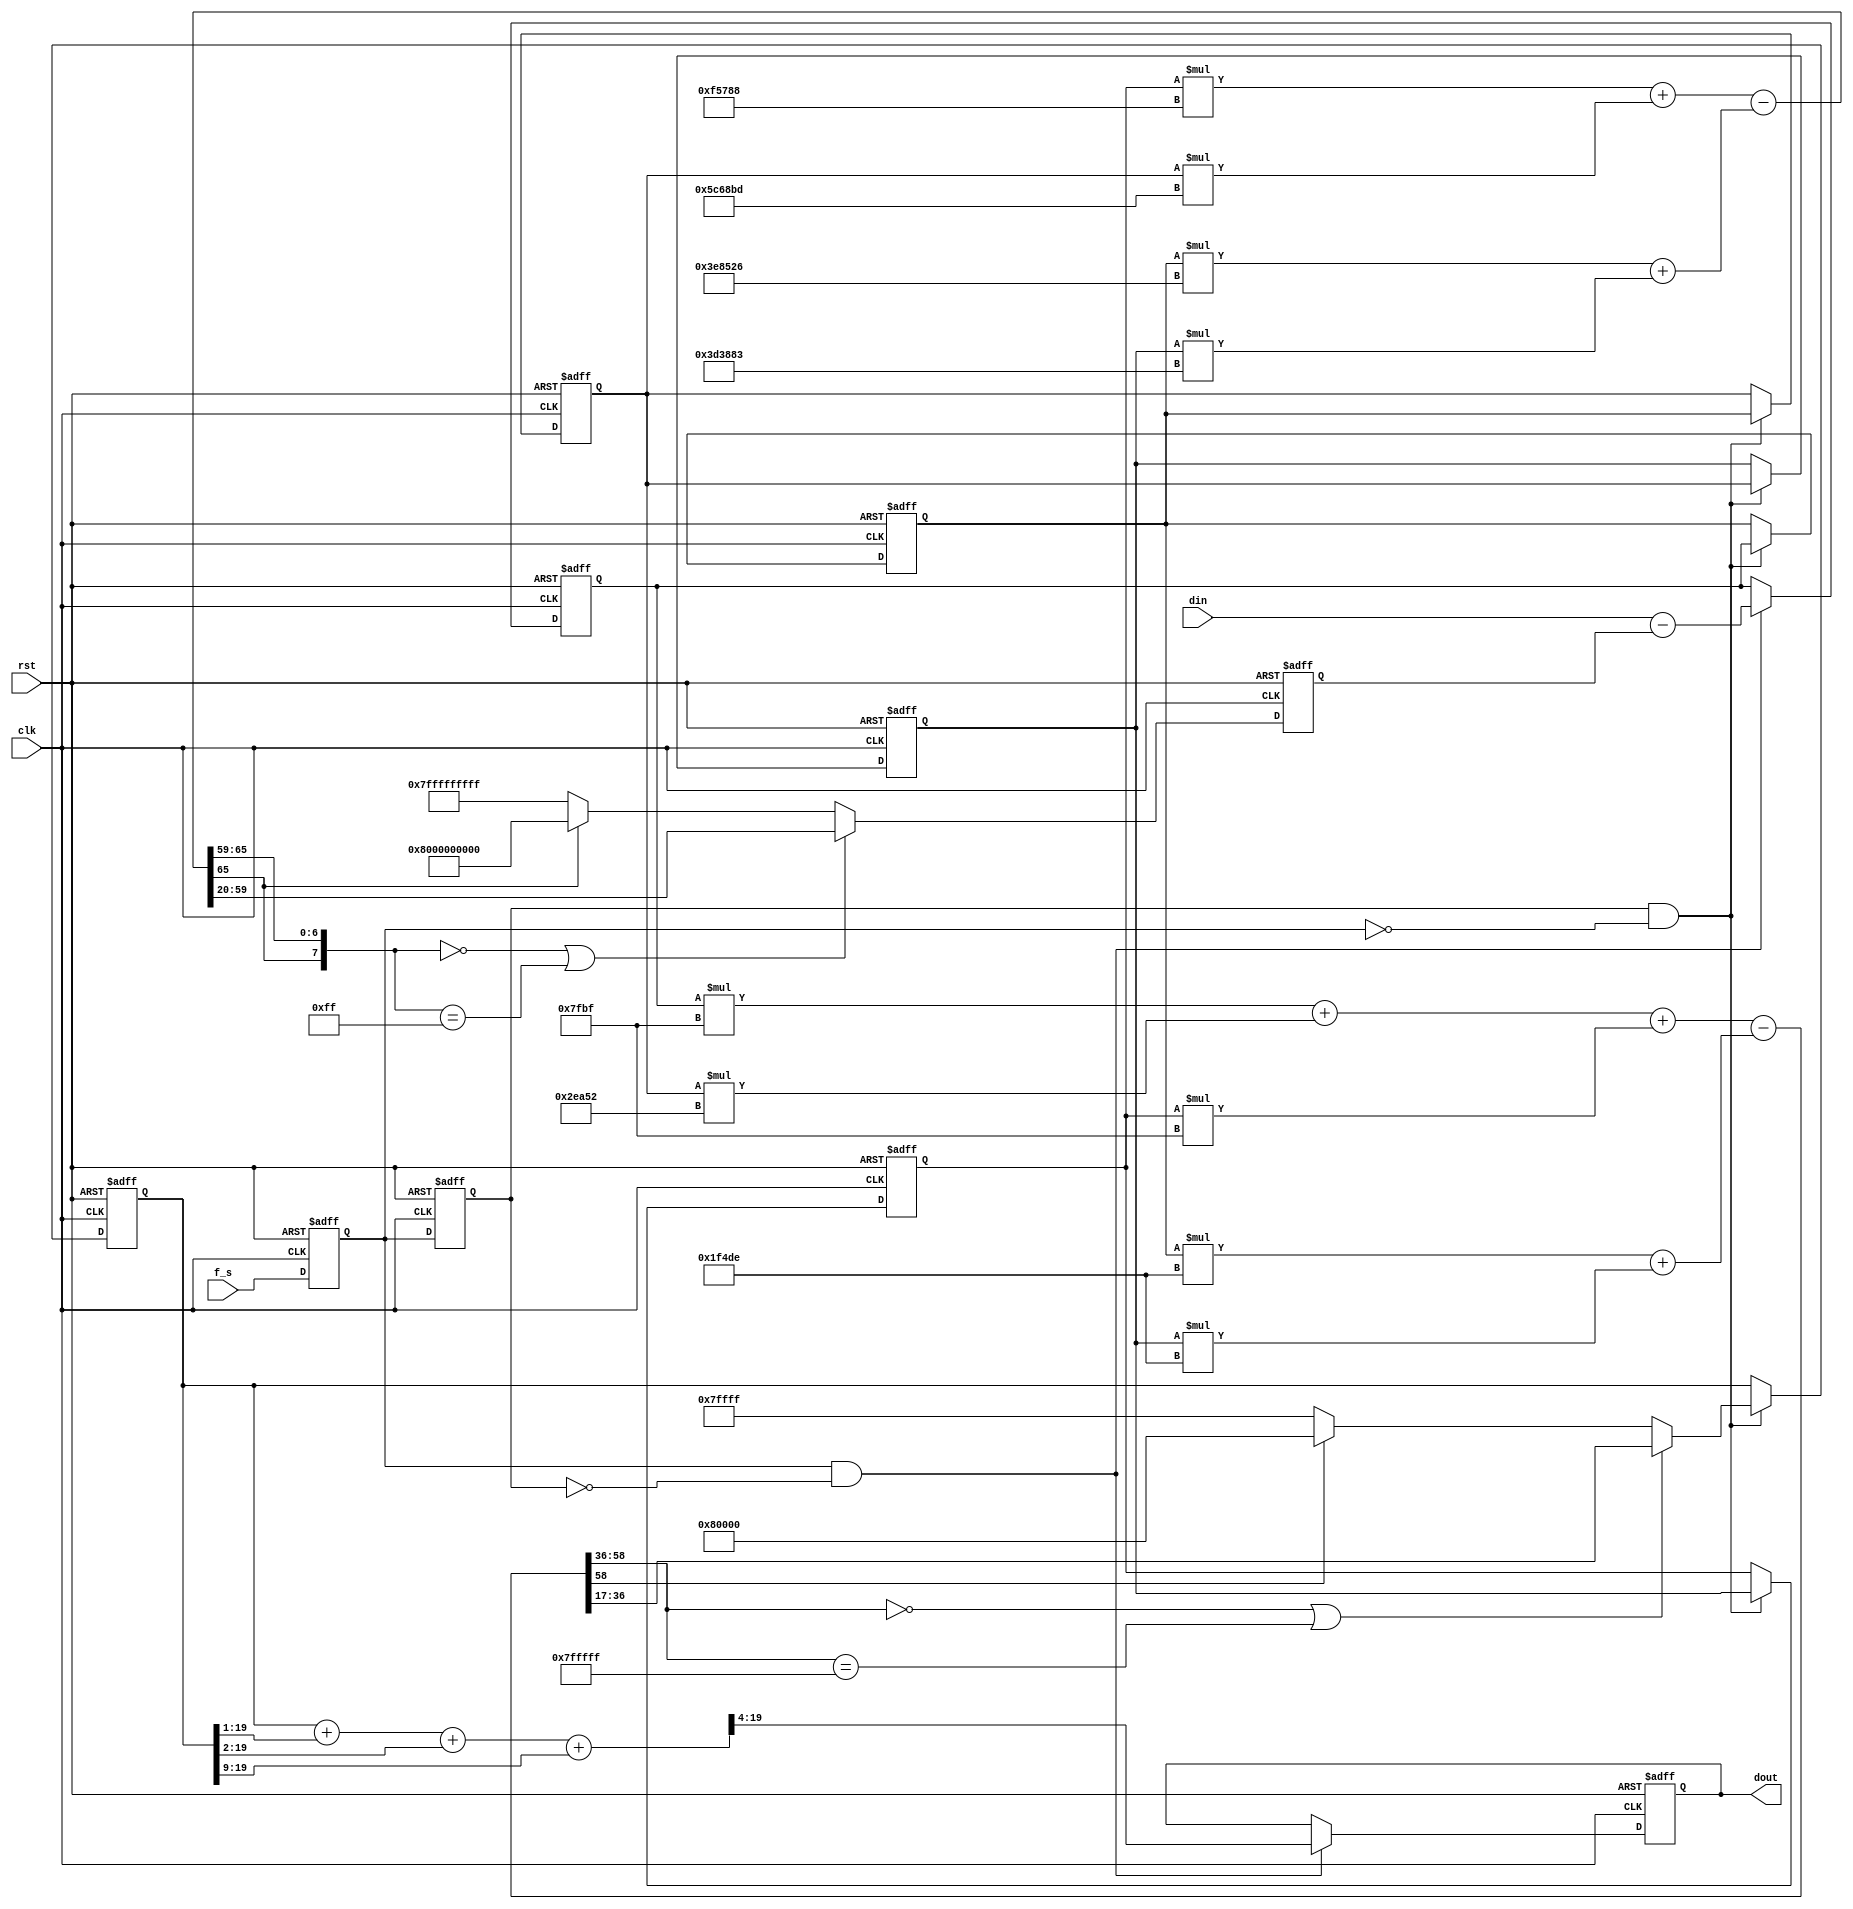
module IIR_BPF
(
    input	                clk			,		// 10MHz
    input	                f_s		    ,		// 40kHz
    input	                rst			,
    input	signed	[15:0]	din	   	    ,
    output  signed	[15:0]	dout   
);

    reg		                pls0;
    reg                     pls1;

    reg	    signed	[39:0]	sr0,sr1,sr2,sr3	;
    reg	    signed	[39:0]	sum_a, dma_sum	;

    wire    signed	[66:0]	ma_sum	;
    wire    signed	[66:0]	cma1,cma2,cma3,cma4	;

    wire    signed	[58:0]	cmb0,cmb1,cmb2,cmb3,cmb4;
    wire    signed	[58:0]	mb_sum,sum_b;

    wire    signed	[66:0]	scms;
    reg	    signed	[63:0]	scm	;

    wire    signed [26:0]	ca1,ca2,ca3,ca4	;	
    wire    signed [26:0]	cb0,cb1,cb2,cb3,cb4	;

    reg	    signed	[19:0]	do;
    wire    signed	[19:0]	do_adj;
    wire    signed	[18:0]	doa	;
    wire    signed	[17:0]	dob	;
    wire    signed	[15:0]	doc	;
    wire    signed	[10:0]	dod	;

    reg     signed  [15:0]  dout_r;

    /*----- 	Data Output Set 	-----*/  

    always @ (posedge clk, negedge rst) begin
        if (rst == 0)
            dout_r <= 0;
        else if (pls0 & ~pls1)
            dout_r <= do_adj[19:4];
    end

    assign do_adj = (do + doa + dob + dod);

    assign doa = do[19:1];
    assign dob = do[19:2];
    assign doc = do[19:4];
    assign dod = do[19:9];

    always @ (posedge clk, negedge rst) begin
        if (rst == 0)
            begin
                do <= 0;
            end
        else if (pls1 & ~pls0)
            begin
                if ((mb_sum[58:36] == 0) | (mb_sum[58:36] == 23'h7fffff))
                    do <= mb_sum[36:17];
                else if (mb_sum[58] == 0)
                    do <= 20'h7ffff;
                else
                    do <= 20'h80000;
            end		
    end				

    assign dout = dout_r;
    
    /*----- 	Numerator Calculation <B> 	-----*/  

    assign cmb0 = sum_a * cb0;
    assign cmb1 = sr0 * cb1;
    assign cmb2 = sr1 * cb2;
    assign cmb3 = sr2 * cb3;
    assign cmb4 = sr3 * cb4;

    assign mb_sum = (cmb0 + cmb2 + cmb4) - (cmb1 + cmb3);

    /*----- 	Denominator Calculation <A> 	-----*/  

    assign cma1 = sr0 * ca1;
    assign cma2 = sr1 * ca2;
    assign cma3 = sr2 * ca3;
    assign cma4 = sr3 * ca4;

    assign ma_sum = (cma4 + cma2) - (cma1 + cma3);

    always @ (posedge clk, negedge rst) begin
        if (rst == 0)
            dma_sum <= 0;
        else if ((ma_sum[66:59] == 0) | (ma_sum[66:59] == 8'hff))
            dma_sum <= ma_sum[59:20];
        else if (ma_sum[66] == 0)
            dma_sum <= 40'h7fffffffff;
        else
            dma_sum <= 40'h8000000000;
    end				

    always @ (posedge clk, negedge rst) begin
        if (rst == 0)
            sum_a <= 0;
        else if (pls0 & ~pls1)
            sum_a <= din - dma_sum;
    end				

    /*----- 	Shift Registers 	-----*/  

    always @ (posedge clk, negedge rst) begin
        if (rst == 0)
            begin
                sr0 <= 0;
                sr1 <= 0;
                sr2 <= 0;
                sr3 <= 0;
            end
        else if (pls1 & ~pls0)
            begin
                sr0 <= sum_a;
                sr1 <= sr0;
                sr2 <= sr1;
                sr3 <= sr2;
            end
    end				

    //---- BPF1020 <40KHz Sampling> [952 ~ 1088]		  			  

    assign ca1 = 27'd4097318;
    assign ca2 = 27'd6056125;	  
    assign ca3 = 27'd4012163;
    assign ca4 = 27'd1005448; 	  
                            
    assign cb0 = 27'd32703;		  
    assign cb1 = 27'd128222;
    assign cb2 = 27'd191058;	  
    assign cb3 = 27'd128222; 
    assign cb4 = 27'd32703; 

    /*----- 	Series of D-F/F  	-----*/  

    always @ (posedge clk, negedge rst) begin
        if (rst == 0)
            begin
                pls0 <= 0;
                pls1 <= 0;
            end
        else 
            begin
                pls0 <= f_s;
                pls1 <= pls0;
            end	
    end				


endmodule